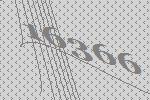
16366